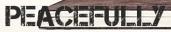
PEACEFULLY